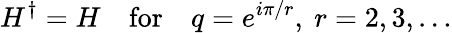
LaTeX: H^{\dagger}=H\quad\mathrm{for}\quad q=e^{i\pi/r},\ r=2,3,\dots